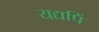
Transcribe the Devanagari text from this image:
यद्यपिं